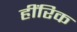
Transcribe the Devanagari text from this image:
हींरिक